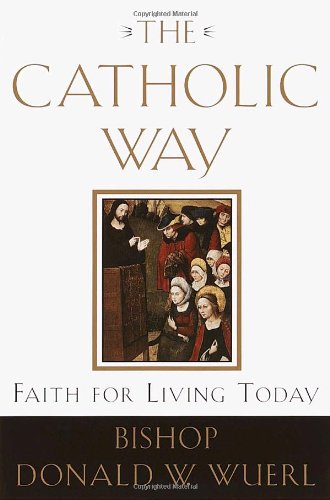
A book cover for The Catholic Way: Faith for Living Today; Bishop Donald Wuerl; Christian Books & Bibles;